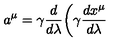
a ^ { \mu } = \gamma \frac { d } { d \lambda } \biggl ( \gamma \frac { d x ^ { \mu } } { d \lambda }